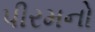
પીરમનો